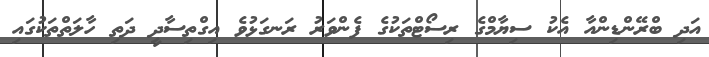
އަދި ބްރޭންޑިންއާ އެކު ސިޔާމްގެ ރިސޯޓްތަކުގެ ފެންވަރު ރަނގަޅުވެ އިގްތިސާދީ ދަތި ހާލަތްތަކުގައި